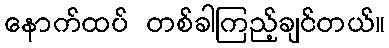
နောက်ထပ် တစ်ခါကြည့်ချင်တယ်။